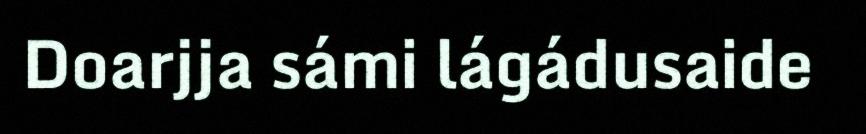
Doarjja sámi lágádusaide